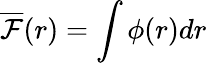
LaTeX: \overline{{\mathcal{F}}}(r)=\int\phi(r)dr